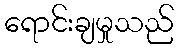
ရောင်းချမှုသည်